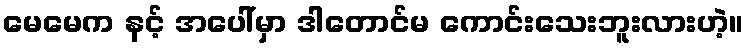
မေမေက နင့် အပေါ်မှာ ဒါတောင်မ ကောင်းသေးဘူးလားဟဲ့။